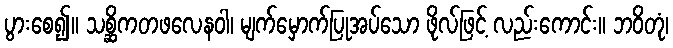
ပွားစေ၍။ သစ္ဆိကတဖလေနဝါ၊ မျက်မှောက်ပြုအပ်သော ဖိုလ်ဖြင့် လည်းကောင်း။ ဘဝိတုံ၊